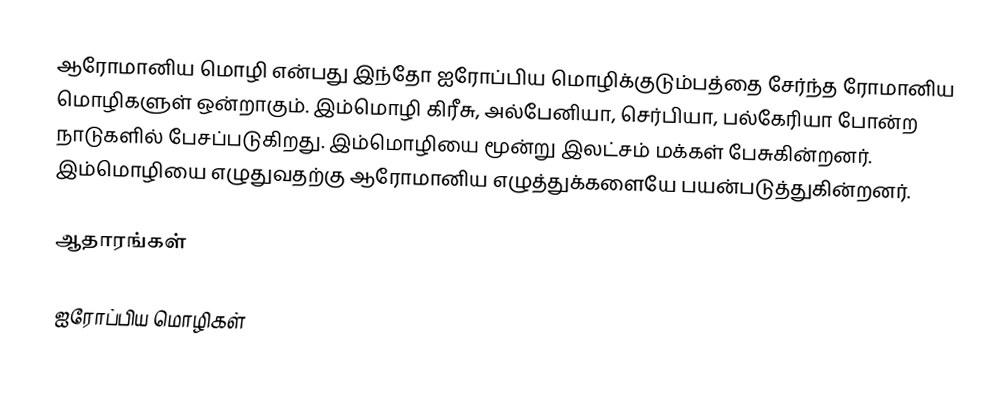
ஆரோமானிய மொழி என்பது இந்தோ ஐரோப்பிய மொழிக்குடும்பத்தை சேர்ந்த ரோமானிய மொழிகளுள் ஒன்றாகும். இம்மொழி கிரீசு, அல்பேனியா, செர்பியா, பல்கேரியா போன்ற நாடுகளில் பேசப்படுகிறது. இம்மொழியை மூன்று இலட்சம் மக்கள் பேசுகின்றனர். இம்மொழியை எழுதுவதற்கு ஆரோமானிய எழுத்துக்களையே பயன்படுத்துகின்றனர்.

ஆதாரங்கள்

ஐரோப்பிய மொழிகள்